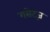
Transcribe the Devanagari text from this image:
गसेट्ज